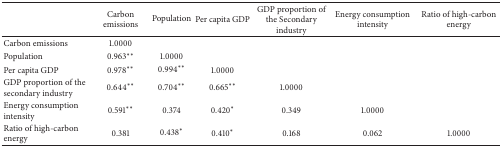
<table><thead><tr><td><b> </b></td><td><b>Carbon emissions</b></td><td><b>Population</b></td><td><b>Per capita GDP</b></td><td><b>GDP proportion of the Secondary industry</b></td><td><b>Energy consumptionintensity</b></td><td><b>Ratio of high-carbonenergy</b></td></tr></thead><tbody><tr><td>Carbon emissions</td><td>1.0000</td><td> </td><td> </td><td> </td><td> </td><td> </td></tr><tr><td>Population</td><td>0.963**</td><td>1.0000</td><td> </td><td> </td><td> </td><td> </td></tr><tr><td>Per capita GDP</td><td>0.978**</td><td>0.994**</td><td>1.0000</td><td> </td><td> </td><td> </td></tr><tr><td>GDP proportion of the secondary industry</td><td>0.644**</td><td>0.704**</td><td>0.665**</td><td>1.0000</td><td> </td><td> </td></tr><tr><td>Energy consumption intensity</td><td>0.591**</td><td>0.374</td><td>0.420*</td><td>0.349</td><td>1.0000</td><td> </td></tr><tr><td>Ratio of high-carbon energy</td><td>0.381</td><td>0.438*</td><td>0.410*</td><td>0.168</td><td>0.062</td><td>1.0000</td></tr></tbody></table>